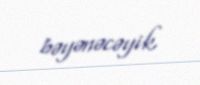
bəyənəcəyik.